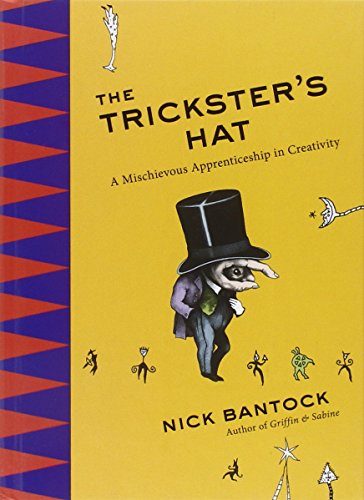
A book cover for The Trickster's Hat: A Mischievous Apprenticeship in Creativity; Nick Bantock; Crafts, Hobbies & Home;